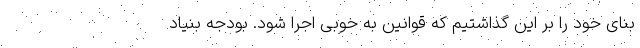
بنای خود را بر این گذاشتیم که قوانین به خوبی اجرا شود. بودجه بنیاد